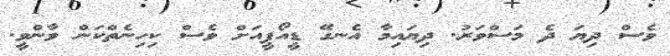
ވެސް ދިޔަ ދެ މަސްވަރު. ދިޔައިމާ އެނގޭ ޑީއޯޕީއަށް ވެސް ކިހިނެތްކަން ވާންވީ.